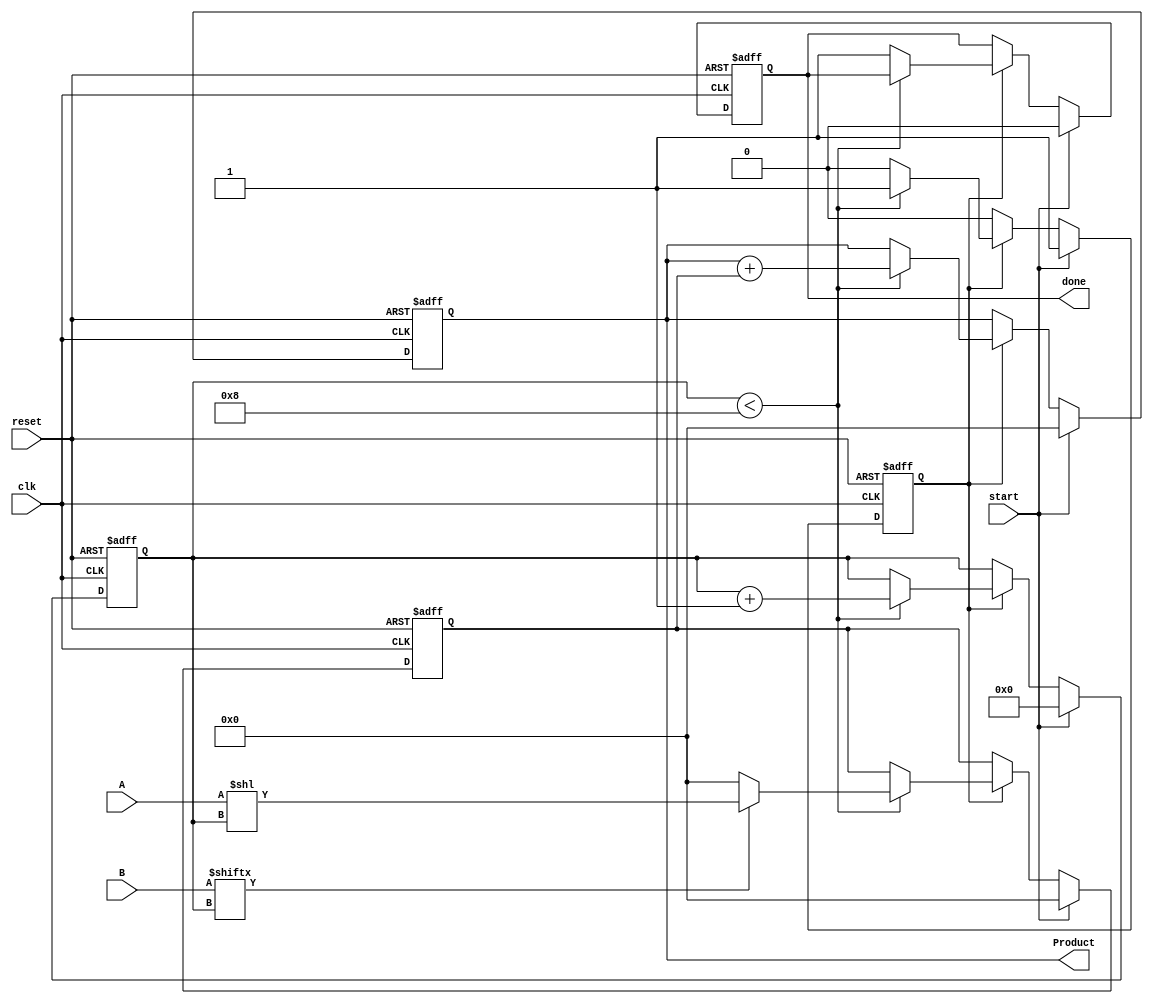
module PartialProductAccumulator #(
    parameter N = 8, // Bit-width of multiplicand
    parameter M = 8  // Bit-width of multiplier
)(
    input  wire [N-1:0] A,       // Multiplicand
    input  wire [M-1:0] B,       // Multiplier
    input  wire clk,              // Clock signal
    input  wire reset,            // Asynchronous reset
    input  wire start,            // Start signal
    output reg [N+M-1:0] Product, // Final product
    output reg done               // Completion signal
);

    reg [N+M-1:0] partial_product; // Register for the current partial product
    reg [3:0] count;                // Counter for bit position
    reg accumulating;               // State to track accumulation

    // Asynchronous reset
    always @(posedge clk or posedge reset) begin
        if (reset) begin
            Product <= 0;
            partial_product <= 0;
            count <= 0;
            done <= 0;
            accumulating <= 0;
        end else if (start) begin
            Product <= 0;
            partial_product <= 0;
            count <= 0;
            done <= 0;
            accumulating <= 1;
        end else if (accumulating) begin
            if (count < M) begin
                // Generate the current partial product
                partial_product <= (B[count] ? A << count : 0);
                // Accumulate the partial product
                Product <= Product + partial_product;
                count <= count + 1;
            end else begin
                // Accumulation completed
                accumulating <= 0;
                done <= 1;
            end
        end
    end
endmodule